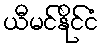
ယီမင်နိုင်ငံ